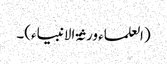
(العلماء ورثۃ الانبیاء)۔